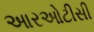
આરઓટીસી